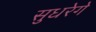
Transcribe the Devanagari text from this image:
सुधरेगे